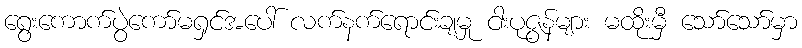
ရွေးကောက်ပွဲကော်မရှင်အပေါ် လက်နက်ရောင်းချမှု ငါးပုဇွန်များ မထိုးမှီ သော်သော်မှာ